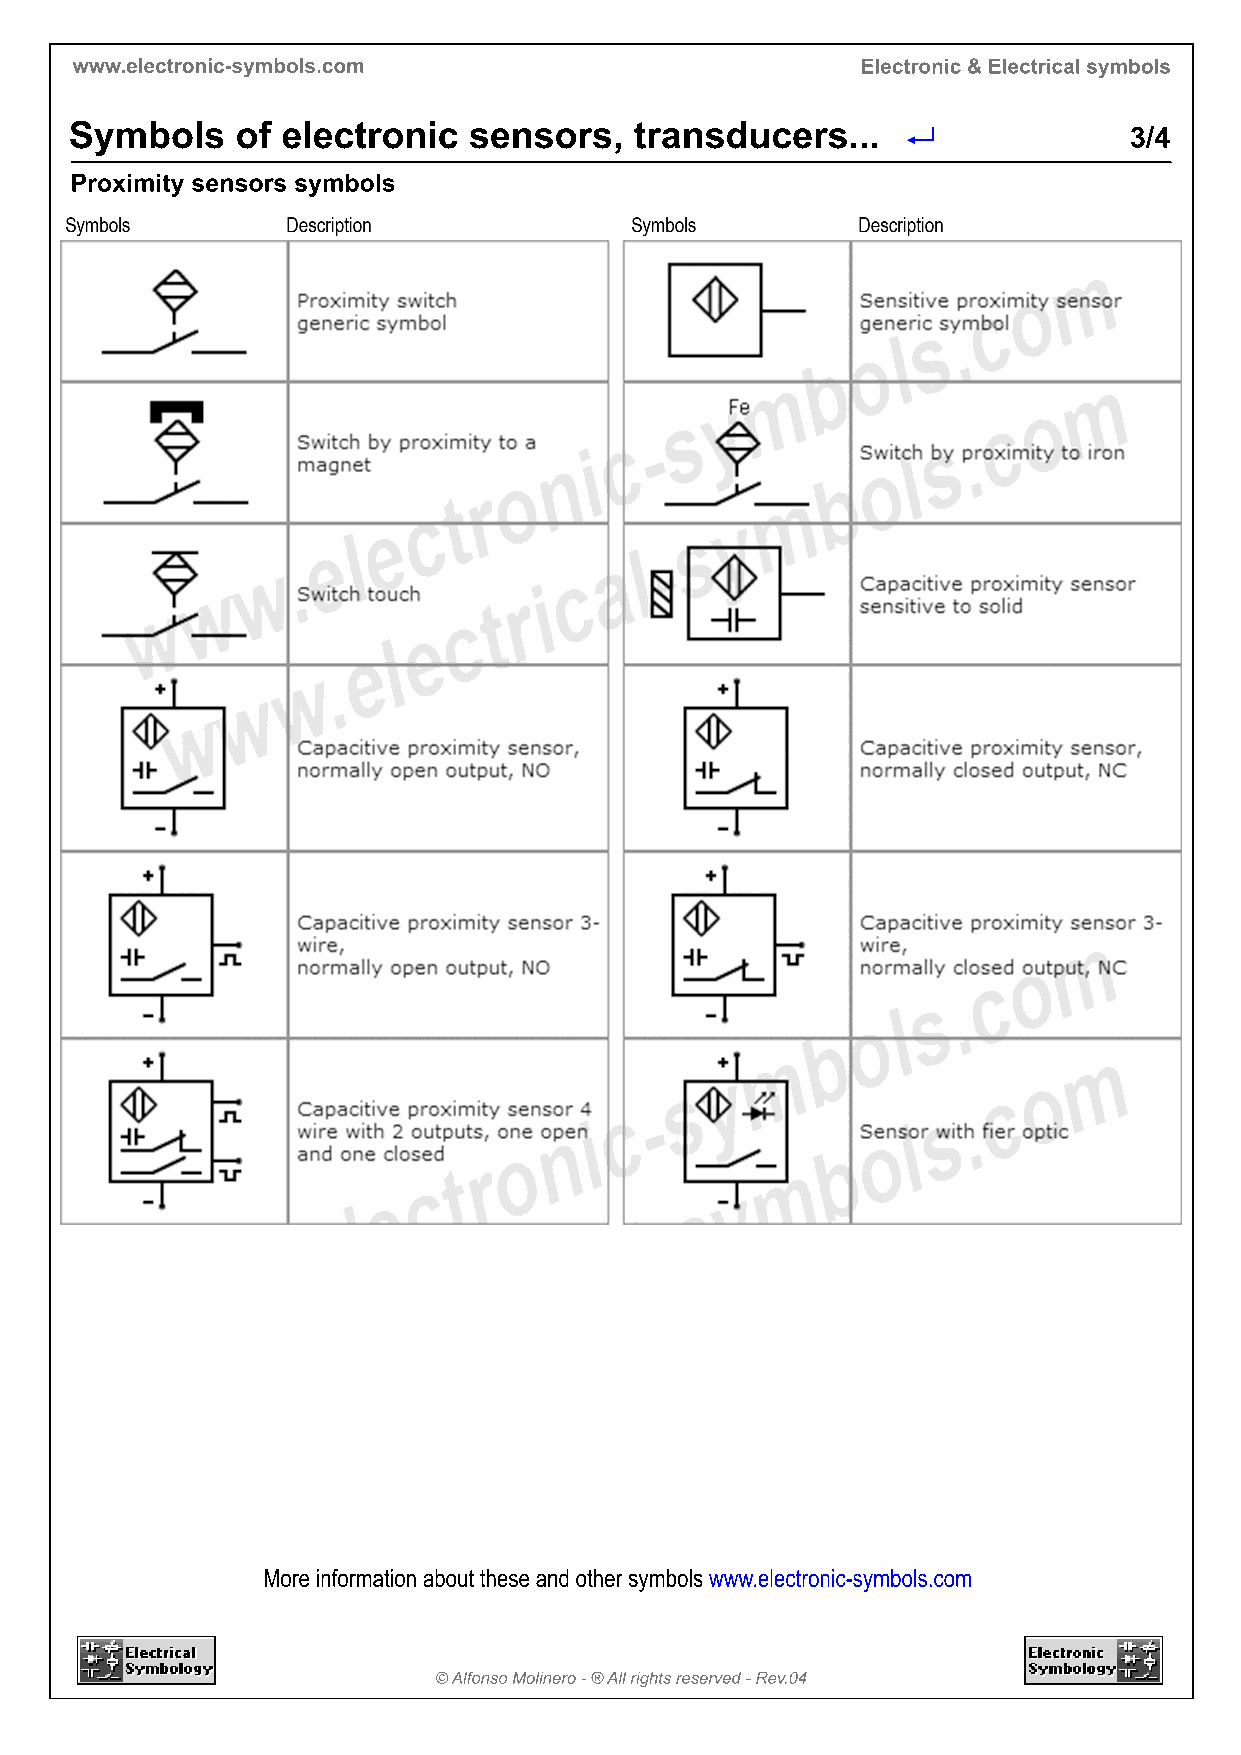
www.electronic-symbols.com                          Electronic & Electrical symbols
 Symbols    of electronic  sensors,   transducers...                   3/4
 Proximity sensors symbols
 More information about these and other symbols www.electronic-symbols.com
 © Alfonso Molinero - ® All rights reserved - Rev.04